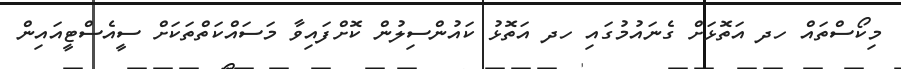
މިކޯސްތައް ހދ އަތޮޅަށް ގެނައުމުގައި ހދ އަތޮޅު ކައުންސިލުން ކޮށްފައިވާ މަސައްކަތްތަކަށް ސީއެސްޓީއައިން